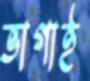
ভাগাই